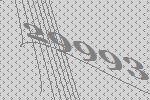
29993